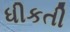
ધીકતી